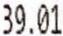
39.01